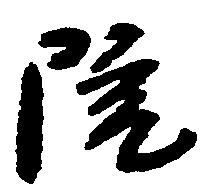
院